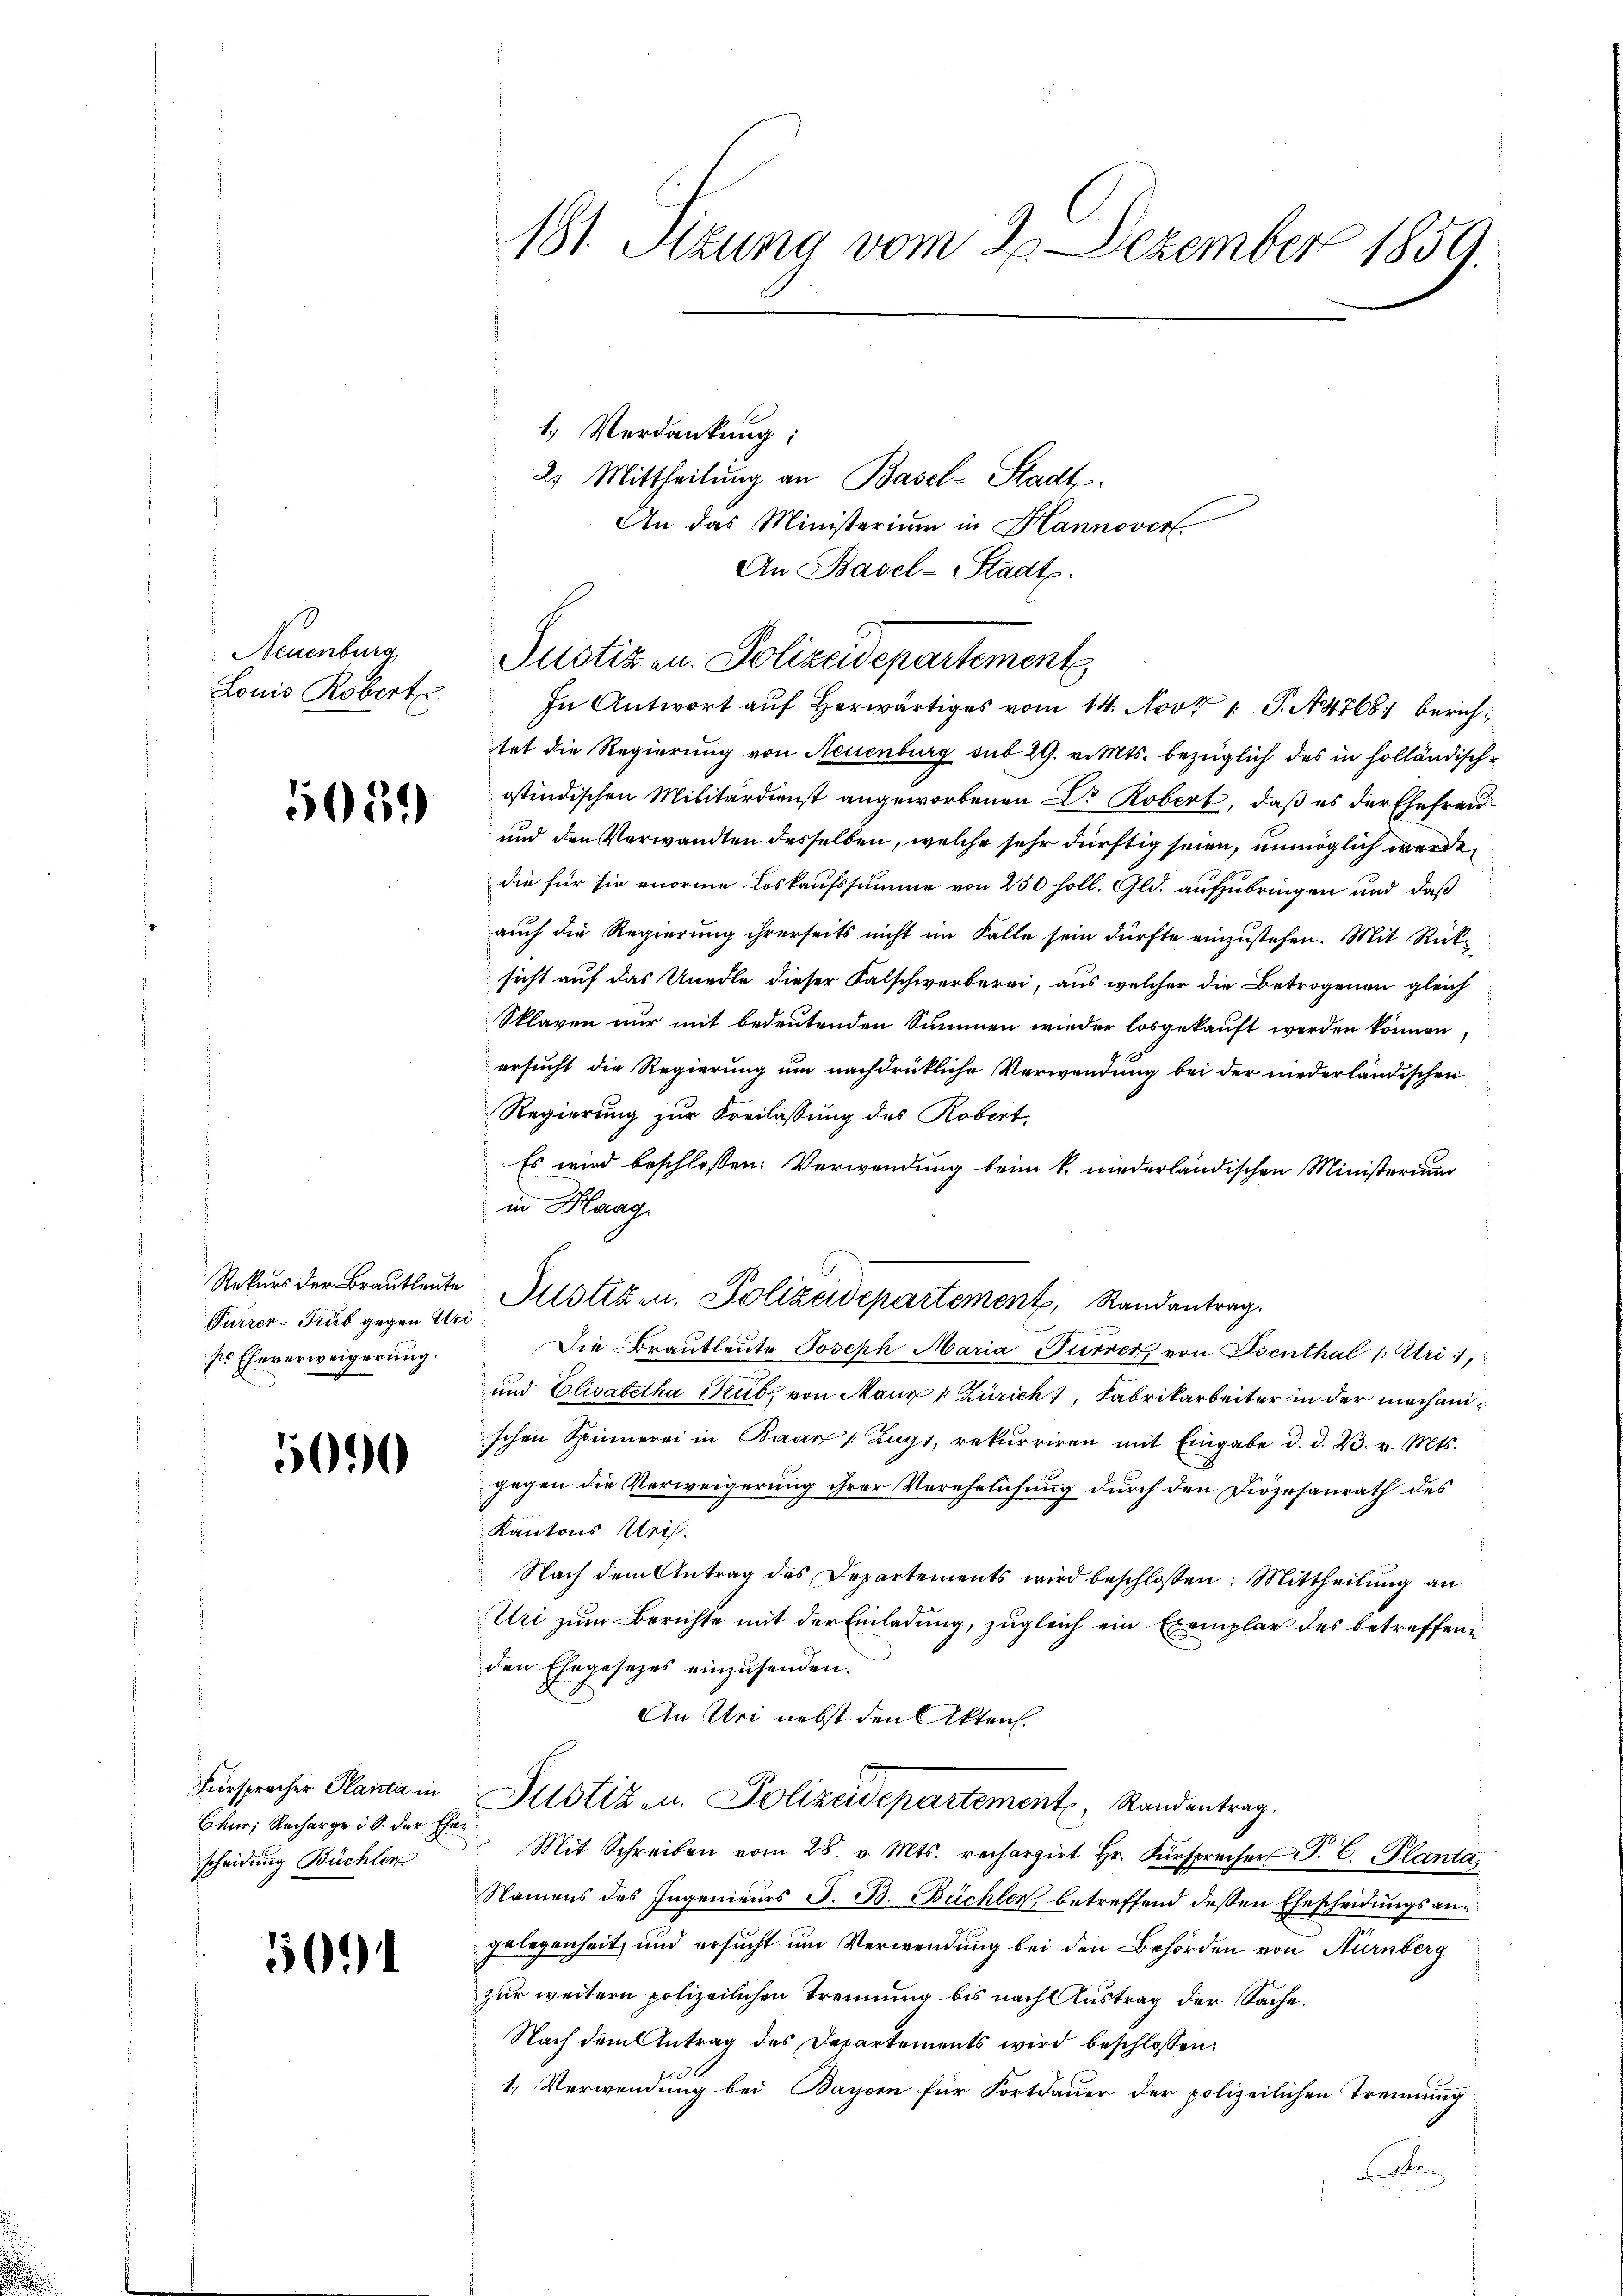
Neuenburg
Louis Robert

5059

Purrer - Rub gegen Uri
ss Eheverweigerung.

500

Fürspracher Planta in
Bhur, Recharge i S. der Ehescheidung Büchler

36

181. Sitzung vom 2. Dezember 1859.

1. Verdankung;
2. Mittheilŭng an Basel-Stadt.
An das Ministerium in Hannover
An Basel-Stadt.
Justizen. Polizeidepartement
tet die Regierung von Neuenburg sub 29. v. Mts. bezüglich des in holländischostindischen Militärdienst angeworbenen Dr Robert, daß es der Ehefraud
und den Verwandten desselben, welche sehr dürftig seien, unmöglich werde,
die für sie enorme Loskaufssumme von 250 soll. Gld. aufzubringen und daß
auch die Regierung ihrerseits nicht im Falle sein dürfte einzustehen. Mit Rücksicht auf das Unedle dieser Falschwerberei, aus welcher die Betrogenen gleich
Sklaven nur mit bedeutenden Summen wieder losgekauft werden können,
ersucht die Regierung um nachdrückliche Verwendung bei der niederländischen
Regierung zur Freilassung des Robert.
Es wird beschlossen: Verwendung beim k. niederländischen Ministerium
in Haag.
Rekurs der Brautleute Sistiren. Polizeidepartement, Randantrag
Die Brautleute Joseph Maria Furrer von Osenthal /: Uri,
und Elisabetha Kub, von Maur & Zürich, Fabrikarbeiter in der mechanischen Spinnerei in Baar /: Zug, rekurriren mit Eingabe d. d. 23. v. Mts.
gegen die Verweigerung ihrer Verehelichung durch den Diözesanrath des
Kantons Uris.
Nach dem Antrag des Departements wird beschlossen: Mittheilŭng an
Uri zum Berichte mit der Einladung, zugleich ein Exemplar des betreffene
den Ehegesezes einzusenden.
An Uri nebst den Akten.
Justiz- u. Polizeidepartement, Randantrag.
Mit Schreiben vom 28. v. Mts. rechargirt Hr. Fürsprecher P. C. Planta,
Namens des Ingenieurs S. B. Büchler, betreffend dessen Ehescheidungsangelegenheit, und ersucht um Verwendung bei den Behörden von Nürnberg
zur weitern polizeilichen Trennung bis nach Austrag der Sache.
Nach dem Antrag des Departements wird beschlossen:
1. Verwendung bei Bayern für Fortdauer der polizeilichen Trennung
e

In Antwort aŭf herwärtiges vom 14. Nov 1 S. 14768. berich¬